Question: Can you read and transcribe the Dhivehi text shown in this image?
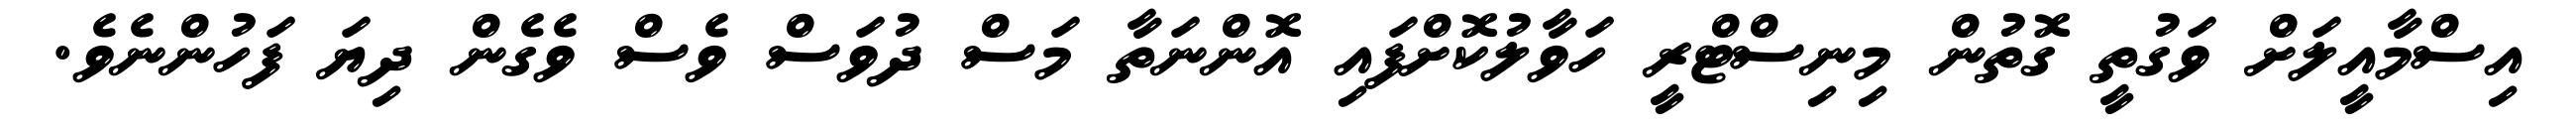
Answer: އިސްމާއީލަށް ވަގުތީ ގޮތުން މިނިސްޓްރީ ހަވާލުކޮށްފައި އޮންނަތާ މަސް ދުވަސް ވެސް ވެގެން ދިޔަ ފަހުންނެވެ.